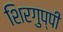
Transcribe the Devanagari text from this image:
शिरगुप्पी